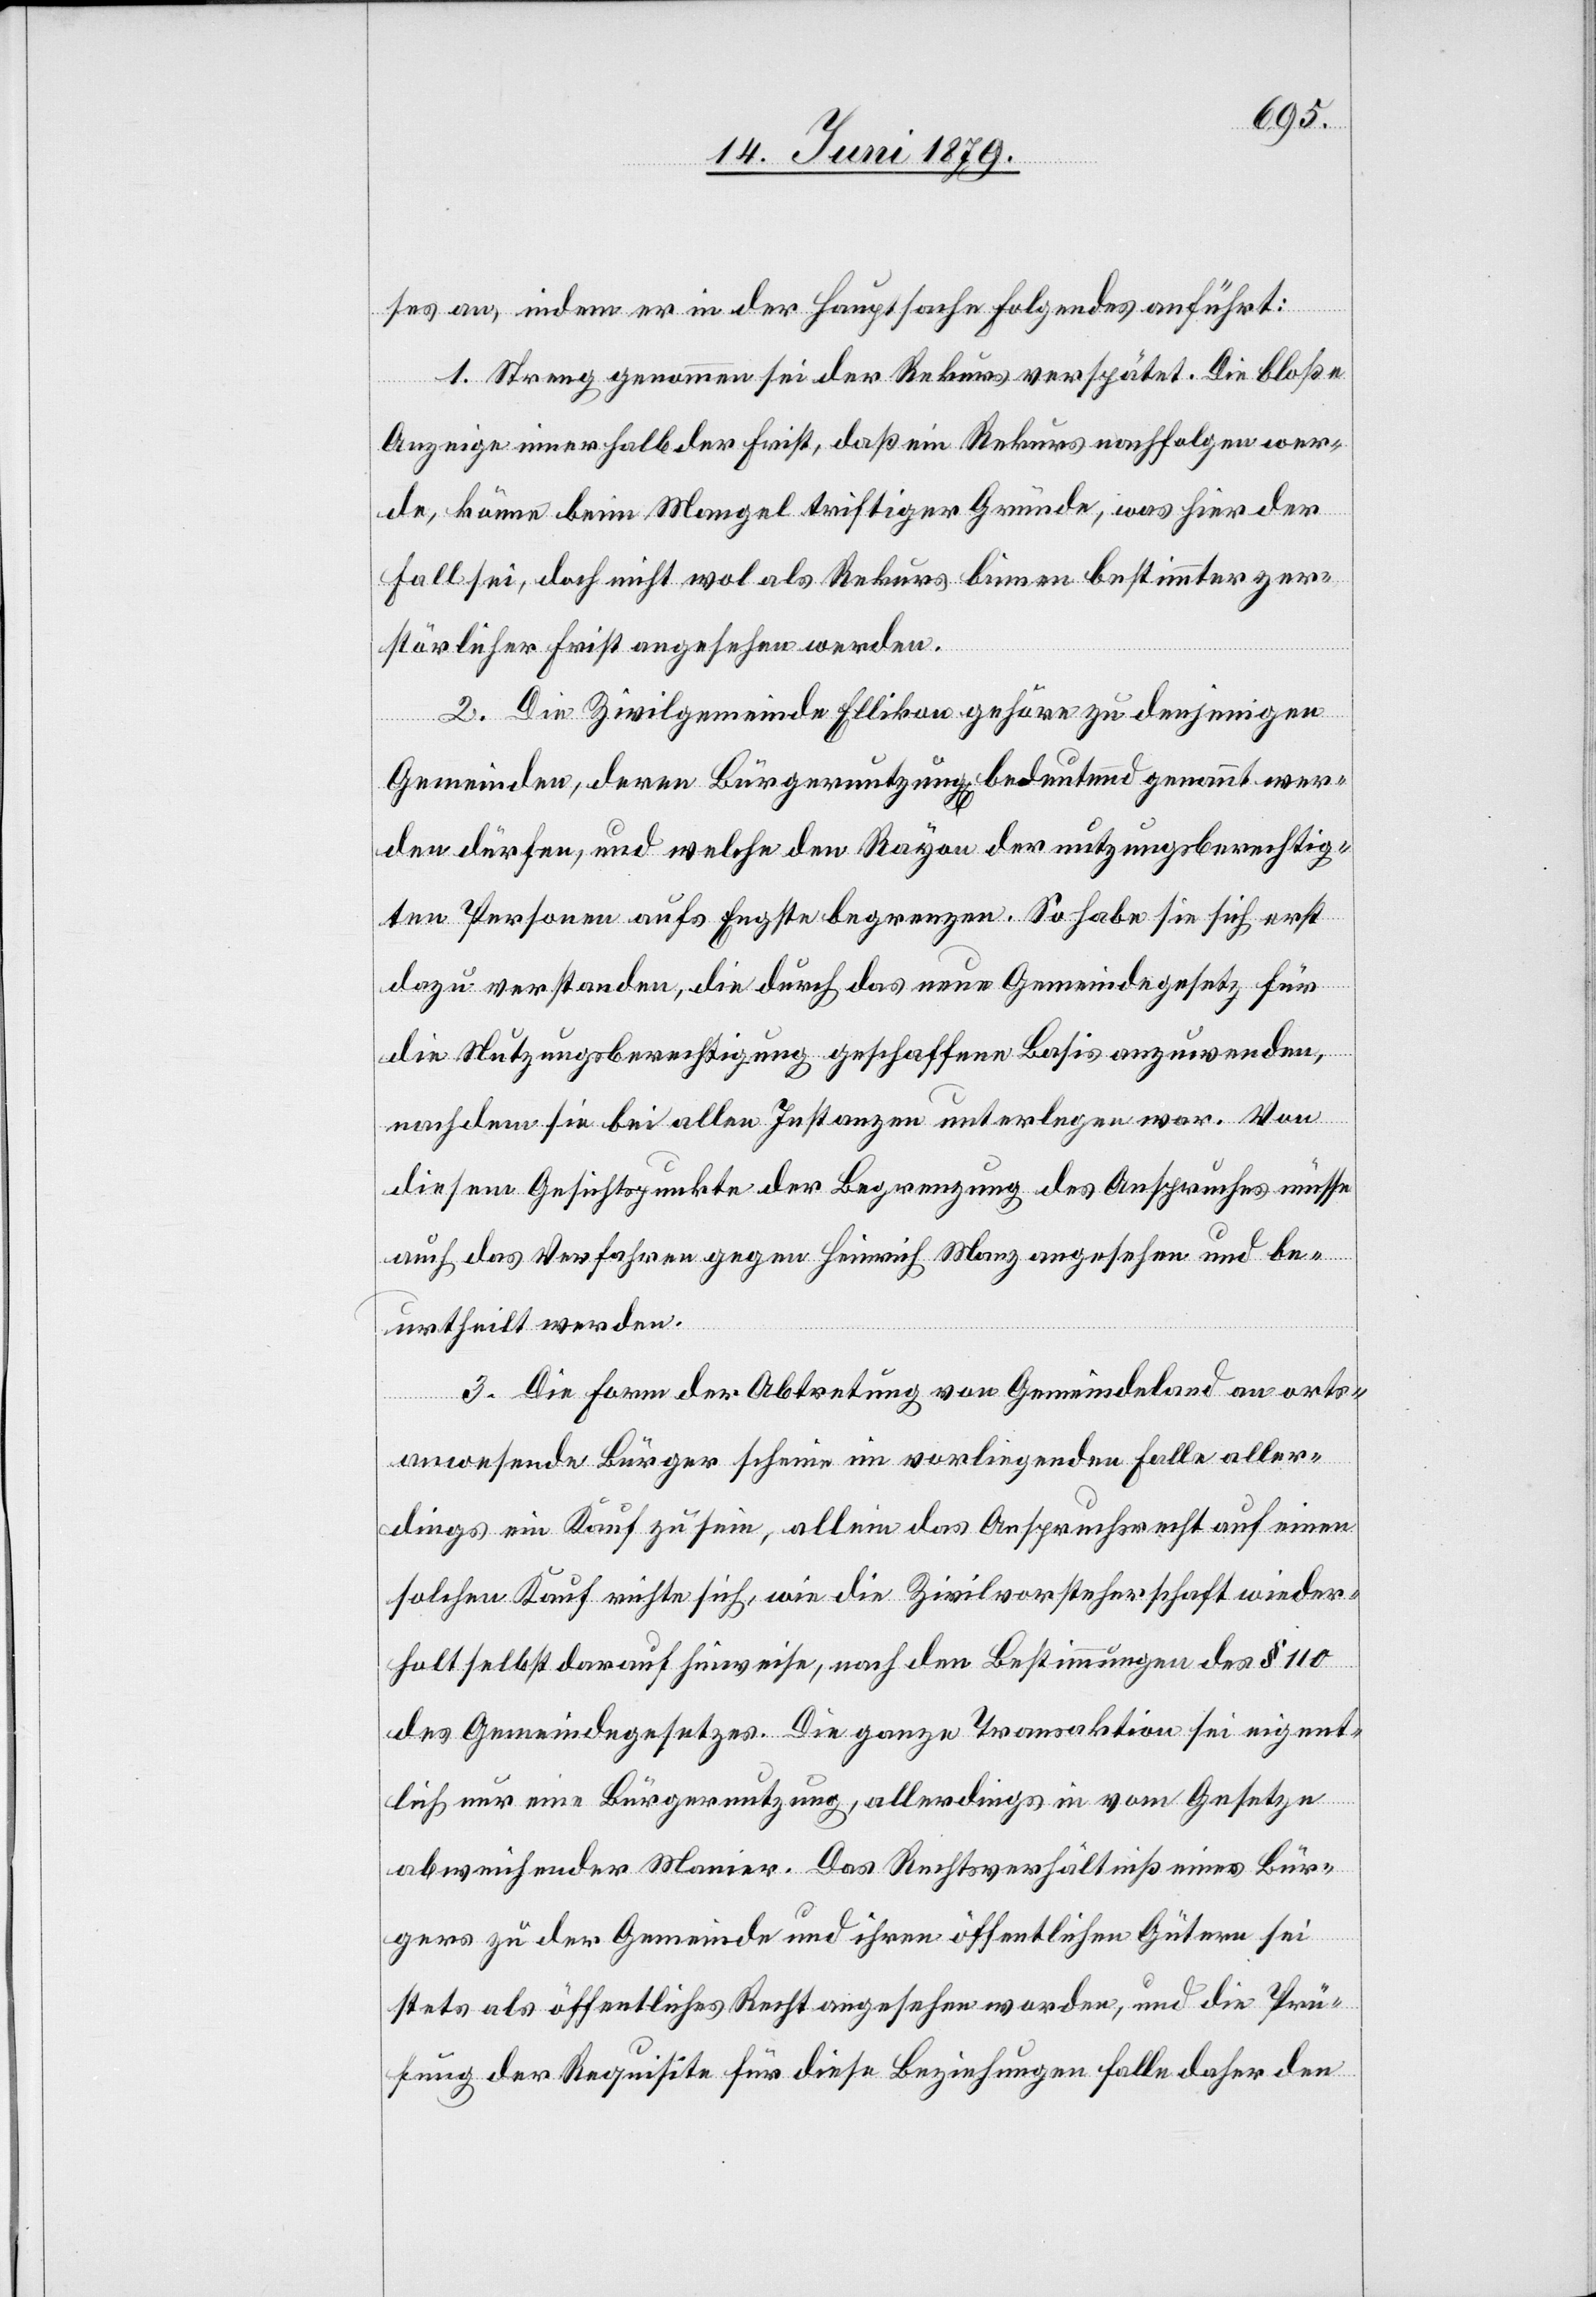
ses an, indem er in der Hauptsache Folgendes anführt:
1. Streng genommen sei der Rekurs verspätet. Die bloße
Anzeige innerhalb der Frist, daß ein Rekurs nachfolgen wer¬
de, könne beim Mangel triftiger Gründe, was hier der
Fall sei, doch nicht wol als Rekurs binnen bestimmter zer¬
störlicher Frist angesehen werden.
2. Die Zivilgemeinde Ellikon gehöre zu denjenigen
Gemeinden, deren Bürgernutzung[en] bedeutend genannt wer¬
den dürfen, und welche den Rayon der nutzungsberechtig¬
ten Personen aufs Engste begrenzen. So habe sie sich erst
dazu verstanden, die durch das neue Gemeindegesetz für
die Nutzungsberechtigung geschaffene Basis anzuwenden,
nachdem sie bei allen Instanzen unterlegen war. Von
diesem Gesichtspunkte der Begrenzung des Anspruches müsse
auch das Verfahren gegen Heinrich Manz angesehen und be¬
urtheilt werden.
3. Die Form der Abtretung von Gemeindeland an orts¬
anwesende Bürger scheine im vorliegenden Falle aller¬
dings ein Kauf zu sein, allein das Anspruchsrecht auf einen
solchen Kauf richte sich, wie die Zivilvorsteherschaft wieder¬
holt selbst darauf hinweise, nach den Bestimmungen des § 110
des Gemeindegesetzes. Die ganze Transaktion sei eigent¬
lich nur eine Bürgernutzung, allerdings in vom Gesetze
abweichender Manier. Das Rechtsverhältniß eines Bür¬
gers zu der Gemeinde und ihren öffentlichen Gütern sei
stets als öffentliches Recht angesehen worden, und die Prü¬
fung der Requisite für diese Beziehungen falle daher den